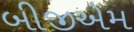
બીજીએમ